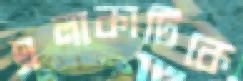
এলাকাটিকে